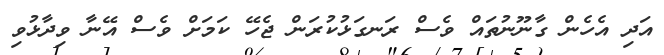
އަދި އެހެން ގާނޫނުތައް ވެސް ރަނގަޅުކުރަން ޖެހޭ ކަމަށް ވެސް އޭނާ ވިދާޅުވި